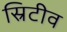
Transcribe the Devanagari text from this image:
स्रिटीव